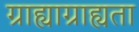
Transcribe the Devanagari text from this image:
ग्राह्याग्राह्यता